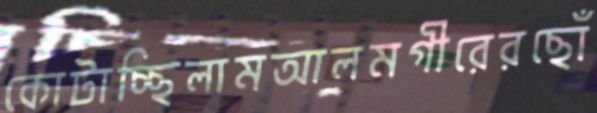
কোটাচ্ছিলামআলমগীরেরছোঁ